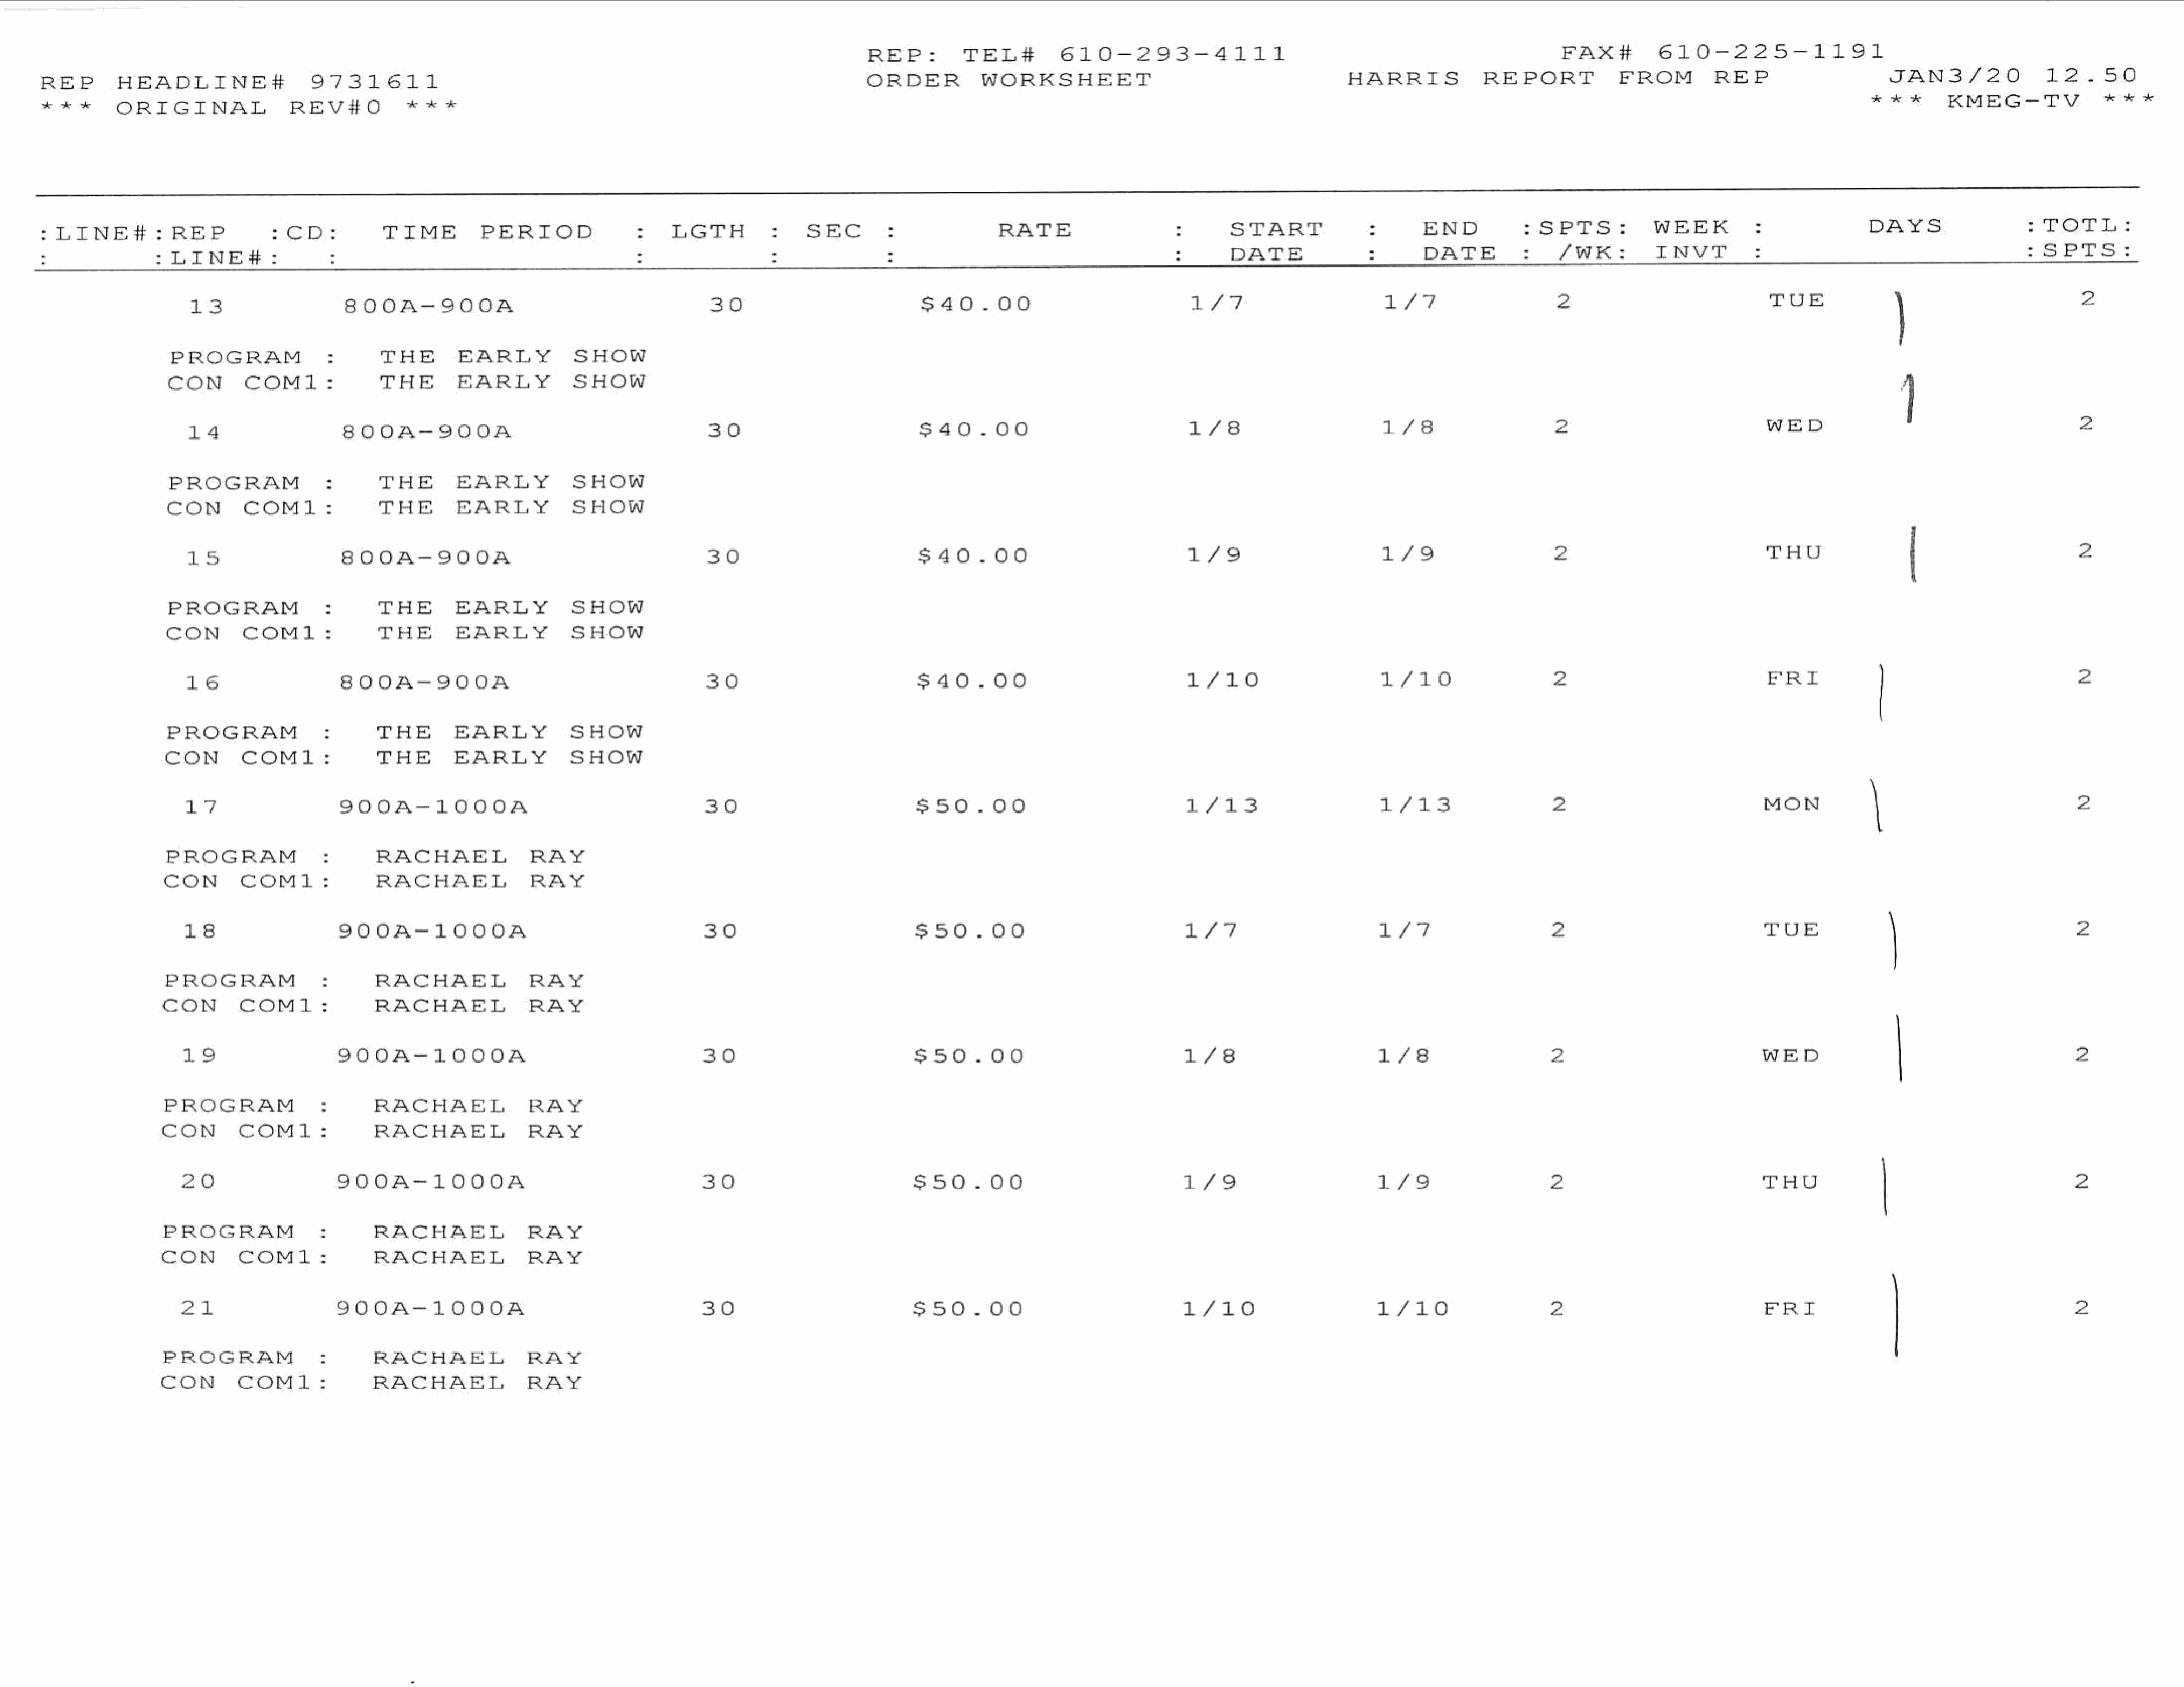
REP:          TEL#          610-293-4111                                                           FAX#          610-225-1191
 JAN3/20                12.50
 REP        HEADLINE#                   9731611                                                                        ORDER           WORKSHEET                                            HARRIS             REPORT             FROM          REP
 ***        KMEG-TV                ***
 w**        ORIGINAL                REV#O            ***
 : LINE#:REP                      7 EDs           TIME          PERIOD                     LGTH          :    SEC         :               RATE                             START               $      END            :SPTS:            WEEK           :               DAYS                   ’ TeTLis
 3               :LINE#:                                                                                                  :                                                DATE                2       DATE               /WK:          INVT                                                 :SPrss
 13                    800A-900A                                            30                            $40.00                                17                          Lf   id                  2                             TUE               )                          2
 PROGRAM                       THE         EARLY           SHOW
 |
 CON        COM1:              THE         EARLY           SHOW
 14                    8O00A-900A                                          30                            $40.00                                 1/8                         1/8                     2                              WED                                         2
 PROGRAM                       THE        EARLY            SHOW
 CON        COM1:              THE        EARLY            SHOW
 LS                    800A-900A                                           30                            $40.00                                 1/9                         i'd                     2                              THU                 |                       2
 PROGRAM                       THE        EARLY            SHOW
 CON        COM1:              THE        EBARLY           SHOW
 16                    800A-900A                                           30                            $40.00                                 1/10                        L710                    2                              FRI                                         2
 PROGRAM                       THE        EARLY            SHOW
 CON        COM1:              THE        EARLY            SHOW
 17                    900A-1000A                                          30                            $50.00                                 L713                       LA.      3               2                             MON            \                             2
 PROGRAM                       RACHAEL               RAY
 CON        COM1:               RACHAEL               RAY
 18                    900A-1000A                                          30                            $50.00                                 LST                        1/7                      2                             TUE                                          2
 PROGRAM                       RACHAEL               RAY
 CON        COM1:               RACHAEL               RAY
 19                    9O0O0A-1000A                                         30                            $50.00                                1/8                         1/8                      2                             WED                |                         2
 PROGRAM                        RACHAEL               RAY
 CON        COM1:               RACHAEL               RAY
 20                    9O00A-1000A                                         310                            $50.00                                L/S                         1/9                      2                             THU              |                           2
 PROGRAM                        RACHAEL               RAY
 CON        COM1:               RACHAEL               RAY
 21                    9O00A-1000A                                         30                             $50.00                                A  f-O                      1/10                     2                             FRI                                          wz
 PROGRAM                       RACHAEL               RAY
 CON        COM1:              RACHAEL               RAY